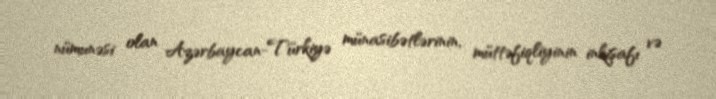
nümunəsi olan Azərbaycan-Türkiyə münasibətlərinin, müttəfiqliyinin inkişafı və